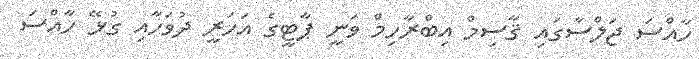
ހާއްސަ ޖަލްސާގައި ޤާސިމް އިބްރާހިމް ވަނީ ޕާޓީގެ އަހަރީ ދުވަހާއި ގުޅޭ ހާއްސަ